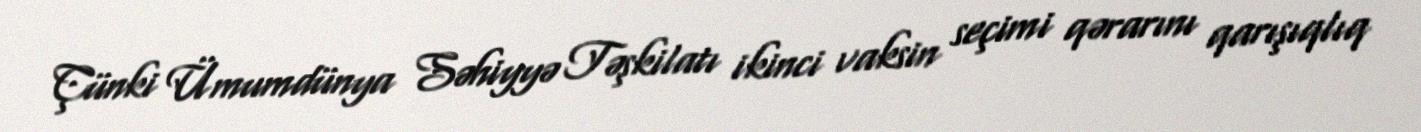
Çünki Ümumdünya Səhiyyə Təşkilatı ikinci vaksin seçimi qərarını qarışıqlıq